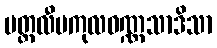
ပတ္တလီမကုလဝဏ္ဏသာဒိသာ